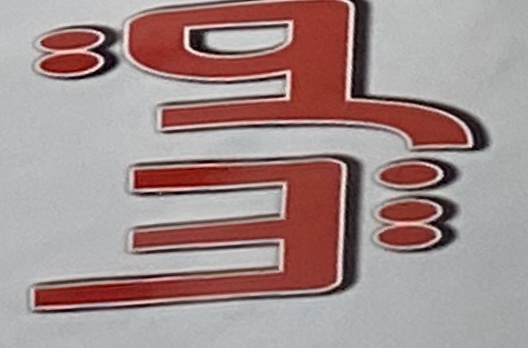
قریبا